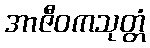
အာဇီဝကသုတ္တံ